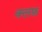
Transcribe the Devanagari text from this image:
क्लफ़